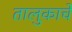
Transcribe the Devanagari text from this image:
तालुकाचे